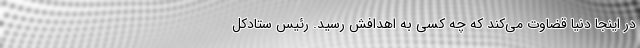
در اینجا دنیا قضاوت می‌کند که چه کسی به اهدافش رسید. رئیس ستادکل